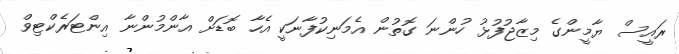
ރައީސް ޔާމީންގެ މިޒާޖުފުޅު ހުންނަ ގޮތުން އެމަނިކުފާނަކީ އެހާ ބޮޑަށް އާންމުންނާ އިންޓަރެކްޓިވް